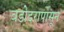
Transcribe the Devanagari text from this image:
वडोदरापासून